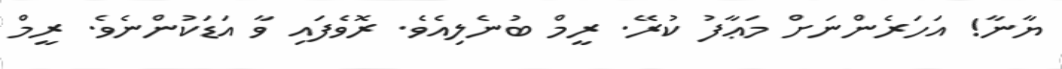
ޔާނާ! އަހަރެންނަށް މަޢާފު ކުރޭ. ރީމް ބުނެލިއެވެ. ރޮވެފައި ވާ އަޑަކުންނެވެ. ރީމް